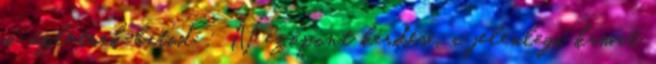
jó üzletnek látod : Nézőpont kérdése, a jelenlegi kamat